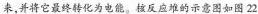
来，并将它最终转化为电能。核反应堆的示意图如图22